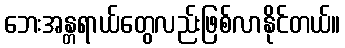
ဘေးအန္တရာယ်တွေလည်းဖြစ်လာနိုင်တယ်။